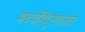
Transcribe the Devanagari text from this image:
मध्यहिंदुस्थानांत